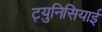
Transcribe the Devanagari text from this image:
ट्युनिसियाई